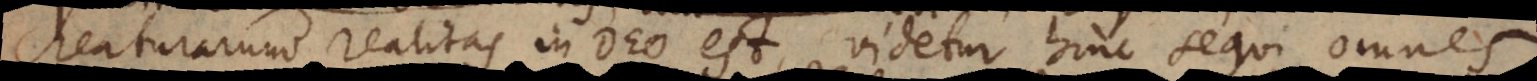
creaturarum realitas in Deo est, videtur hinc sequi omnes